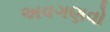
અવગણવો